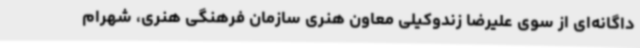
داگانه‌ای از سوی علیرضا زندوکیلی معاون هنری سازمان فرهنگی هنری، شهرام